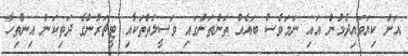
އަށް ކިޔަވައިދެމުން އައި ނަމަވެސް ބައެއް ތަންތަނުގައި ވަސީލަތްތަކާއި ޓީޗަރުންގެ ދަތިކަން އިންތިހާ